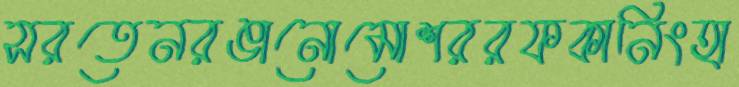
সরতেনরঙানোমোশররফকানিংহা